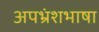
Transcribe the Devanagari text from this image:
अपभ्रंशभाषा